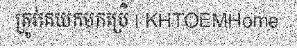
ត្រូវគេយកមកប្រើ | KHTOEMHome